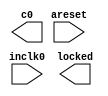
module pll_25mhz (
	areset,
	inclk0,
	c0,
	locked);

	input	  areset;
	input	  inclk0;
	output	  c0;
	output	  locked;
`ifndef ALTERA_RESERVED_QIS
// synopsys translate_off
`endif
	tri0	  areset;
`ifndef ALTERA_RESERVED_QIS
// synopsys translate_on
`endif

endmodule